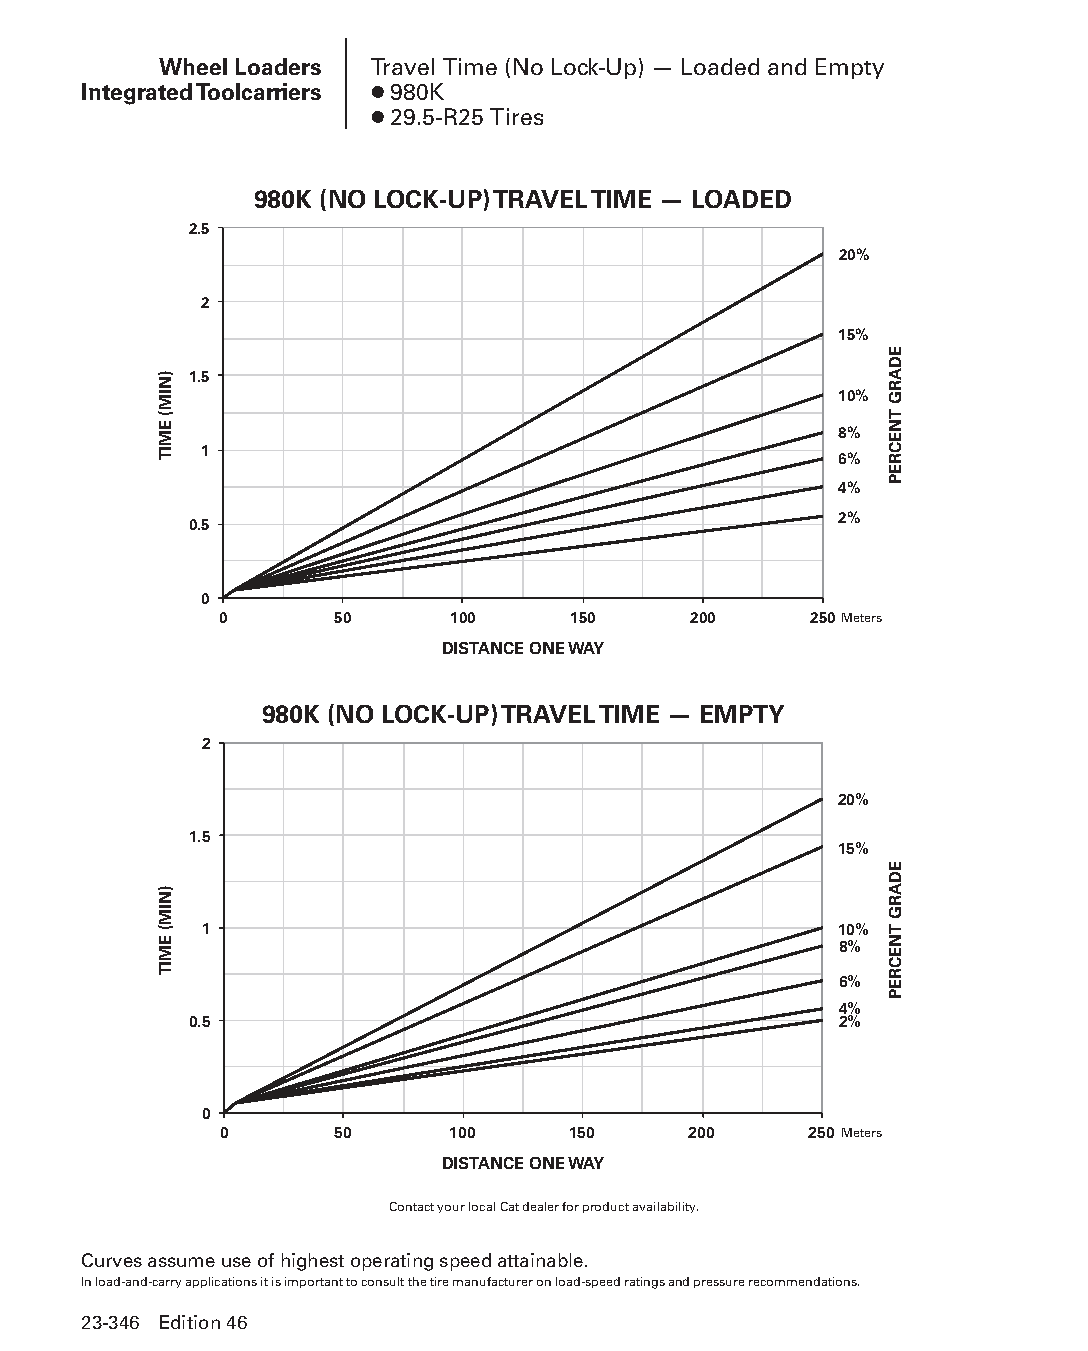
Wheel Loaders Travel Time (No Lock-Up) — Loaded and Empty
 Integrated Toolcarriers ● 980K
 ● 29.5-R25 Tires
 980K (NO LOCK-UP) TRAVEL TIME — LOADED
 2.5
 20%
 2
 15%
 1.5
 10%
 8%
 1
 6%
 4%
 2%
 0.5
 0
 0       50     100     150     200     250Meters
 DISTANCE ONE WAY
 980K (NO LOCK-UP) TRAVEL TIME — EMPTY
 2
 20%
 1.5
 15%
 1                                         10%
 8%
 6%
 4%
 0.5                                        2%
 0
 0       50     100     150     200     250Meters
 DISTANCE ONE WAY
 Contact your local Cat dealer for product availability.
 Curves assume use of highest operating speed attainable.
 In load-and-carry applications it is important to consult the tire manufacturer on load-speed ratings and pressure recommendations.
 23-346 Edition 46
 PPHHBB--SSeecc2233((ppgg332255--338800))..iinndddd 334466      1122//44//1155 1111::1133 AAMM
 )NIM(
 EMIT
 )NIM(
 EMIT
 EDARG
 TNECREP
 EDARG
 TNECREP